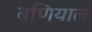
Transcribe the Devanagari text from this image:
बणियाल